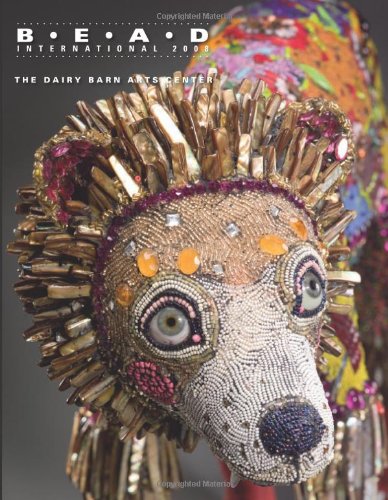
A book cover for Bead International 2008 & Beyond Basketry; Crafts, Hobbies & Home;